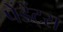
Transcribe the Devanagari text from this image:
पेंडेंट्स